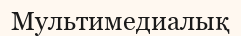
Мультимедиалық